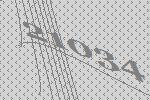
21034